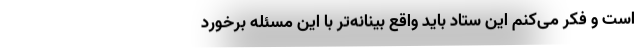
است و فکر می‌کنم این ستاد باید واقع بینانه‌تر با این مسئله برخورد